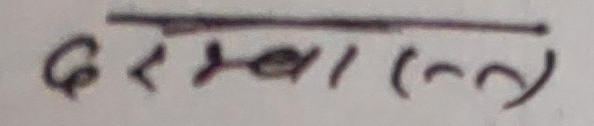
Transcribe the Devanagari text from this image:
दराखालल (ल)